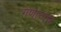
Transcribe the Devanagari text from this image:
गणानाच